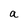
Character: a